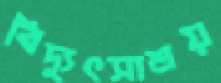
বিদ্যুৎসাশ্রয়